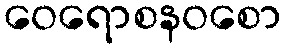
ဝေရောစနဝစော